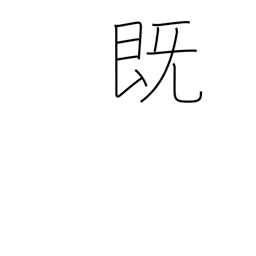
Meaning: previously